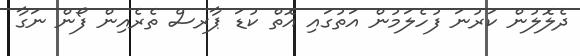
ދެލޮލުން ކަރުނަ ފުހެލަމުން އަތުގައި އޮތް ކުޑަ ޕާރސް ތެރެއިން ފޯން ނަގާ